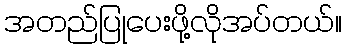
အတည်ပြုပေးဖို့လိုအပ်တယ်။